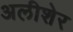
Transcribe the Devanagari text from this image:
अलीशेर